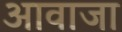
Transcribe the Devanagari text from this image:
आवाजा